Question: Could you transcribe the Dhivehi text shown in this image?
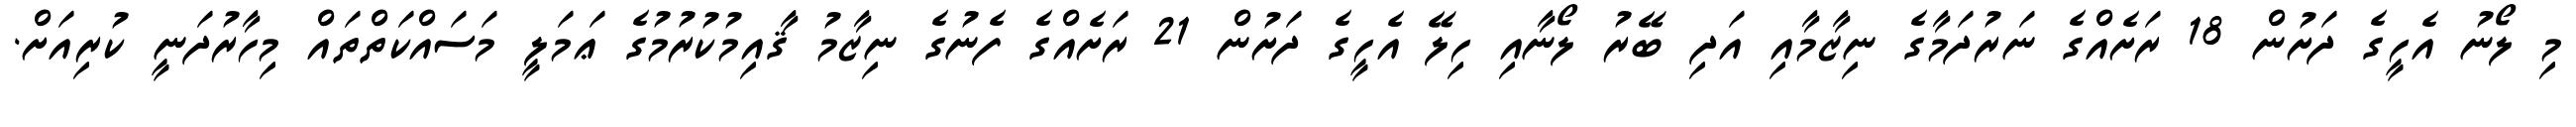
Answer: މި ލޯނު އެހީގެ ދަށުން 18 ރަށެއްގެ ނަރުދަމާގެ ނިޒާމާއި އަދި ބޭރު ލޯނާއި ހިލޭ އެހީގެ ދަށުން 21 ރަށެއްގެ ފެނުގެ ނިޒާމު ޤާއިމުކުރުމުގެ ޢަމަލީ މަސައްކަތްތައް މިހާރުދަނީ ކުރިއަށް.